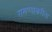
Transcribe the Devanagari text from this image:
राखण्याकरीता